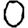
Digit: 0